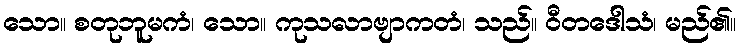
သော။ စတုဘူမကံ၊ သော။ ကုသလာဗျာကတံ၊ သည်။ ဝီတဒေါသံ၊ မည်၏။